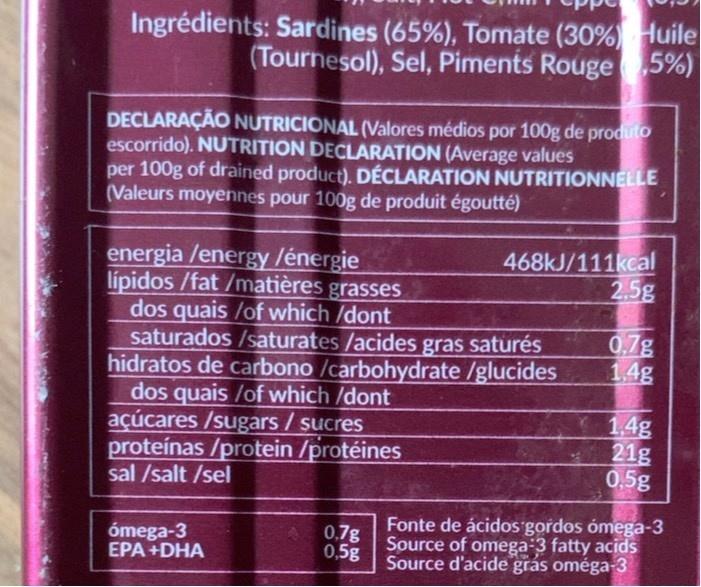
Ingrédients: Sardines (65%), Tomate (30%) Huile (Tournesol), Sel, Piments Rouge 5%)
DECLARAÇÃO NUTRICIONAL (Valores médios por 100g de produto escorrido). NUTRITION DECLARATION (Average values per 100g of drained product). DÉCLARATION NUTRITIONNELLE (Valeurs moyennes pour 100g de produit égoutté)
468KJ/111kcal 2.5g
energia /energy lénergie lípidos /fat /matières grasses dos quais /of which /dont saturados /saturates /acides gras saturés hidratos de carbono /carbohydrate /glucides dos quais /of which /dont açúcares /sugars / sucres proteínas /protein /protéines sal /salt /sel
0.7g 1.4g
1.4g 21g 0,5g
ómega-3 EPA +DHA
0.7g 0,5g
Fonte de ácidos gordos ómega-3 Source of omega 3 fatty acids Source d'acide grás oméga3